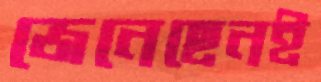
জেনেছেনই